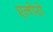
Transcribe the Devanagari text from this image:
एलोरो